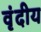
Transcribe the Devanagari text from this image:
वृंदीय